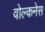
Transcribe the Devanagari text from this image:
वोल्कनेस